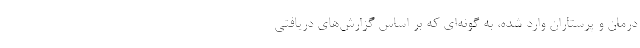
درمان و پرستاران وارد شده، به گونه‌ای که بر اساس گزارش‌های دریافتی